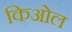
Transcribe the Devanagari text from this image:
किओल